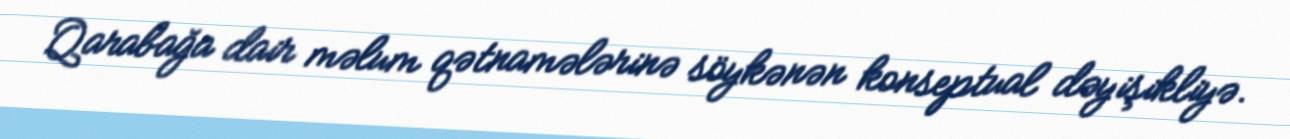
Qarabağa dair məlum qətnamələrinə söykənən konseptual dəyişikliyə.